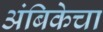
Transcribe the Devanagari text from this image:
अंबिकेचा